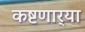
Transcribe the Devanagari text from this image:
कष्टणार्‍या